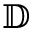
\mathbb { D }